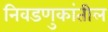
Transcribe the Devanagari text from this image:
निवडणुकांतील